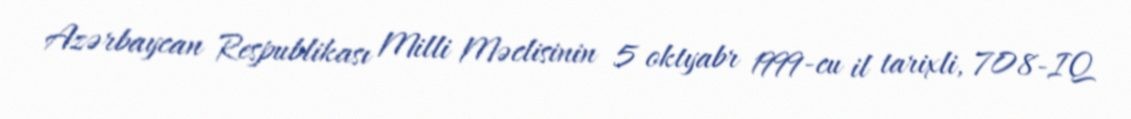
Azərbaycan Respublikası Milli Məclisinin 5 oktyabr 1999-cu il tarixli, 708-IQ